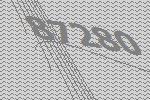
87280